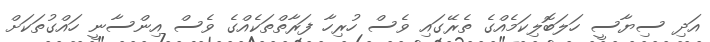
އަދި ސިޔާސީ ހަލަބޮލިކަމެއްގެ ތެރޭގައި ވެސް ހުރިހާ ފަރާތްތަކެއްގެ ވެސް އިންސާނީ ހައްގުތަކަށް